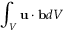
\int _ { V } { \bf { u } } \cdot { \bf { b } } d V